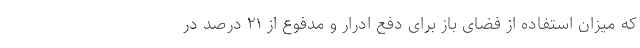
که میزان استفاده از فضای باز برای دفع ادرار و مدفوع از ۲۱ درصد در